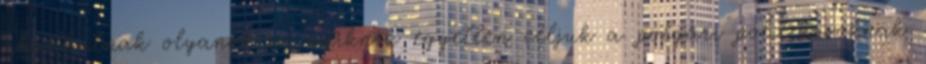
akadhatnak olyanok is, akiknek egyetlen céljuk a polgári politikusoknak